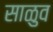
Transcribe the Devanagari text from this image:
साळुव